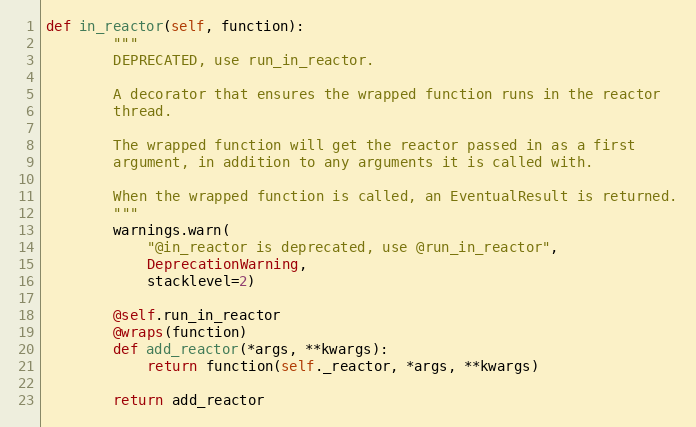
Language: Python
def in_reactor(self, function):
        """
        DEPRECATED, use run_in_reactor.

        A decorator that ensures the wrapped function runs in the reactor
        thread.

        The wrapped function will get the reactor passed in as a first
        argument, in addition to any arguments it is called with.

        When the wrapped function is called, an EventualResult is returned.
        """
        warnings.warn(
            "@in_reactor is deprecated, use @run_in_reactor",
            DeprecationWarning,
            stacklevel=2)

        @self.run_in_reactor
        @wraps(function)
        def add_reactor(*args, **kwargs):
            return function(self._reactor, *args, **kwargs)

        return add_reactor